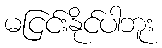
မငြင်းနိုင်ပါဘူး